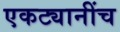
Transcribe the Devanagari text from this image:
एकट्यानींच